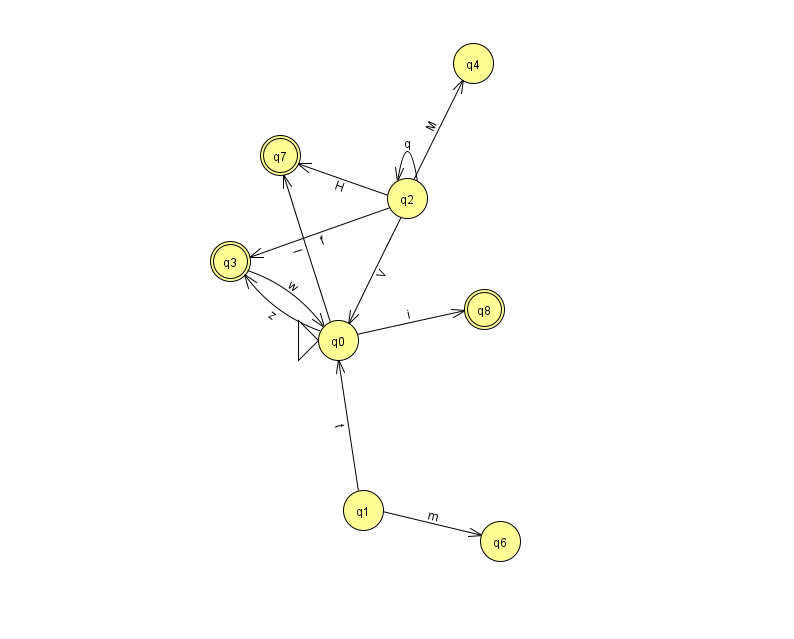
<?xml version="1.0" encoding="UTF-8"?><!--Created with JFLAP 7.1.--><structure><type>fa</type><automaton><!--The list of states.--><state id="0" name="q0"><x>338.0</x><y>327.0</y><initial/></state><state id="1" name="q1"><x>363.0</x><y>497.0</y></state><state id="2" name="q2"><x>407.0</x><y>185.0</y></state><state id="3" name="q3"><x>230.0</x><y>248.0</y><final/></state><state id="4" name="q4"><x>473.0</x><y>50.0</y></state><state id="6" name="q6"><x>500.0</x><y>528.0</y></state><state id="7" name="q7"><x>280.0</x><y>142.0</y><final/></state><state id="8" name="q8"><x>484.0</x><y>296.0</y><final/></state><!--The list of transitions.--><transition><from>0</from><to>8</to><read>i</read></transition><transition><from>0</from><to>7</to><read>l</read></transition><transition><from>1</from><to>0</to><read>t</read></transition><transition><from>2</from><to>2</to><read>q</read></transition><transition><from>2</from><to>4</to><read>M</read></transition><transition><from>0</from><to>3</to><read>z</read></transition><transition><from>2</from><to>3</to><read>f</read></transition><transition><from>1</from><to>6</to><read>m</read></transition><transition><from>2</from><to>7</to><read>H</read></transition><transition><from>2</from><to>0</to><read>V</read></transition><transition><from>3</from><to>0</to><read>w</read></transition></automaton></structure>